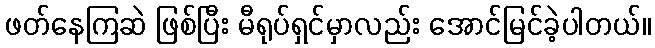
ဖတ်နေကြဆဲ ဖြစ်ပြီး မီရုပ်ရှင်မှာလည်း အောင်မြင်ခဲ့ပါတယ်။